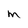
Character: m